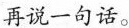
再说一句话。